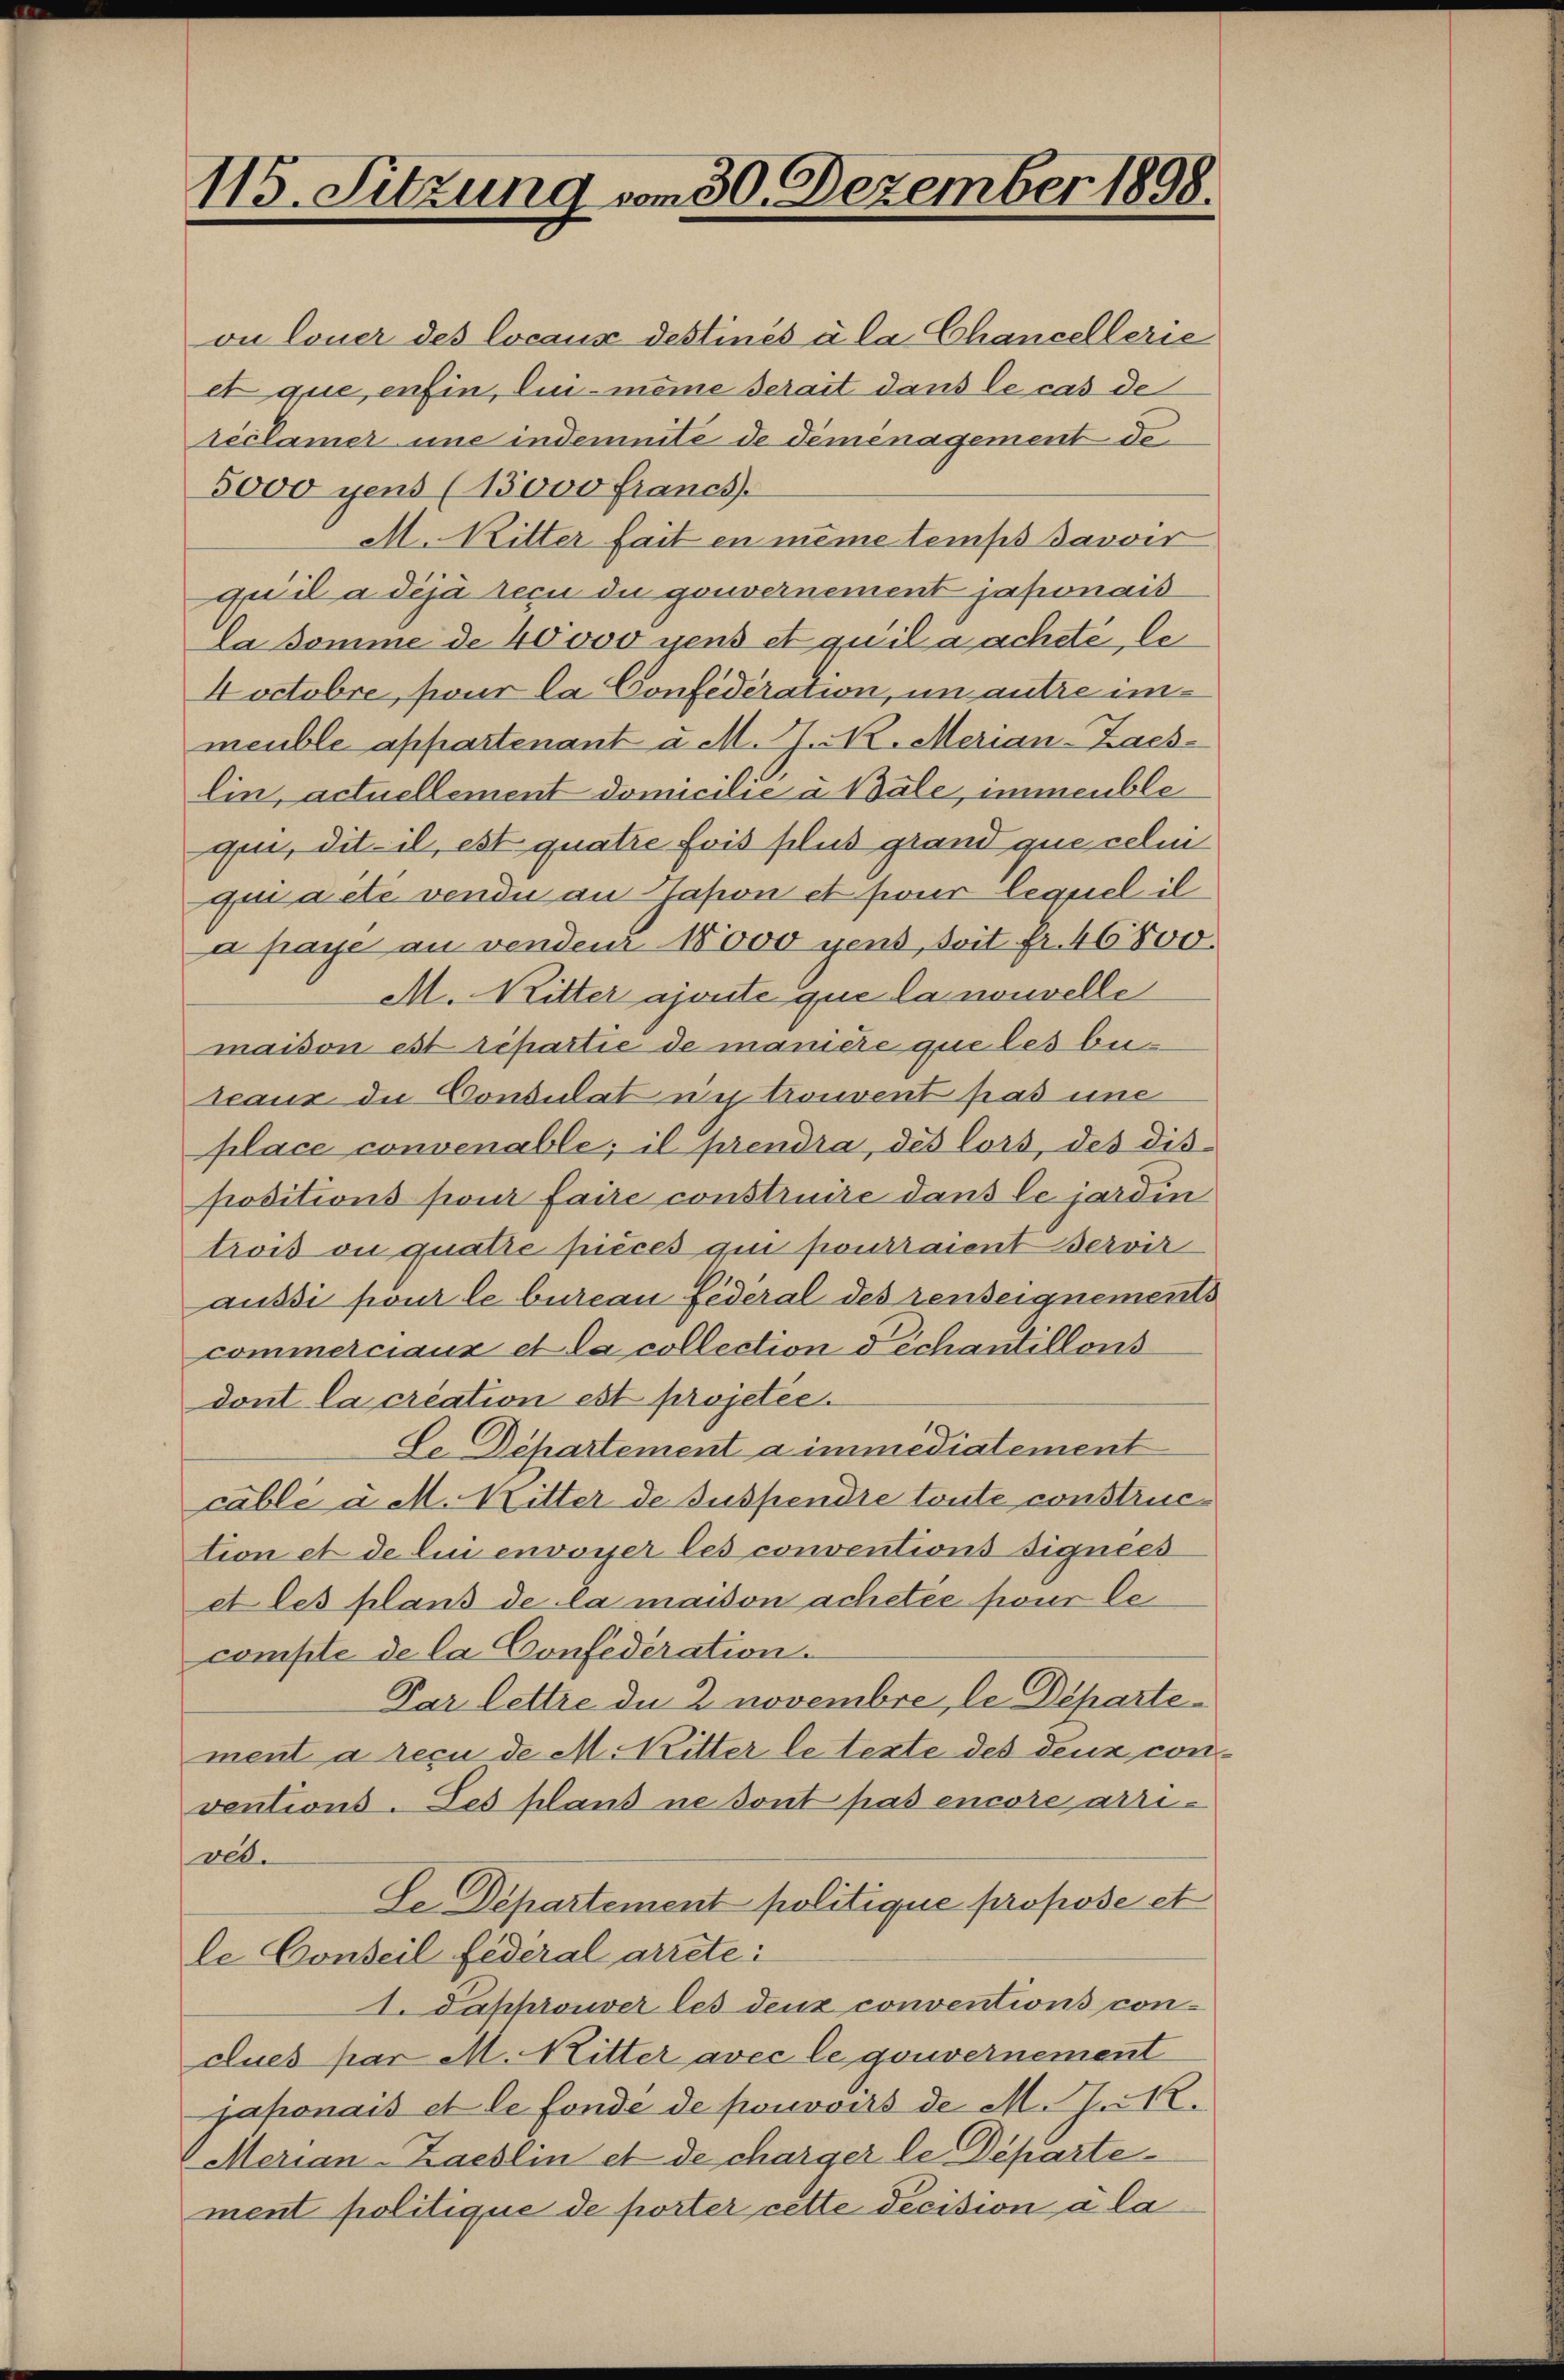
115. Sitzung vom 30. Dezember 1898.

on louer des locaus destinés à la Chancellerie
et que enfin, lui meine serait dans le cas de
reclamer une indemnité de Teménagement de
5000 gens (13000 francs.
M. Ritter fait en même temps davoir
quil a déjà secu du gouvernement japonais
La komme de 40000 gens et qu’il a acheté le
Doctobre, pour la Confideration, in autre immeuble appartenant u. M. M. N. Merian-Zaes-
lin, actuellement domicilie a Bale, immeublequi, dit il est quatre fois plus grand que celui
qui aite vende an Gason et für lequel il
a paye an vendeur 1000 gens, soit fr. 46800.
M. Ritter ajoute que la nouvelle
maison est répartie de manice que les bei
seaux de Consulat in trouvent pas une
place convenable; il prendra, des lors, des dispositions pour faire construire dans le jardin
trois ou quatre pièces qui pourraient servir
aussi pour le bureau Federal des renseignements
commerciaux et la collection Dechantillons
dont la création est projetée.
Le Departement a immédiatement
cable à M. Mitter de suspendre toute construction et de lui envonser les conventions signees
et les plans de la maison achetée pour lecompte de la Confederation.
Par lettre de 2 novembre, le Departe
ment a reçu de M. Ritter le texte des deux con
ventions. Les pland ne sont pas encore arriver.
Se Departement politique propose et
le Conseil federal arrete:
1. Papprouver les deux conventions conclues par M. Ritter avec le gouvernement
japonais et le fondé de pouvoirs de M. G. N.
Merian-Zaeslin et de charger le Departe
ment politique de porter cette decision à la